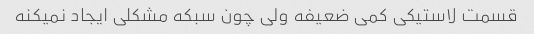
قسمت لاستیکی کمی ضعیفه ولی چون سبکه مشکلی ایجاد نمیکنه